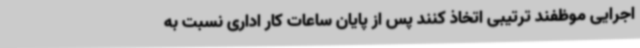
اجرایی موظفند ترتیبی اتخاذ کنند پس از پایان ساعات کار اداری نسبت به